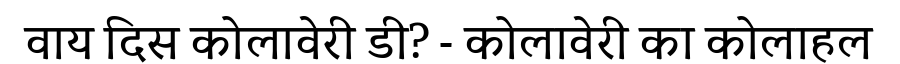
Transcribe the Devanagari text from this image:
वाय दिस कोलावेरी डी? - कोलावेरी का कोलाहल